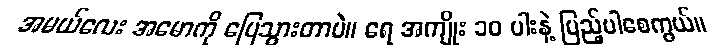
အမယ်လေး အမောကို ပြေသွားတာပဲ။ ရေ အကျိုး ၁၀ ပါးနဲ့ ပြည့်ပါစေကွယ်။